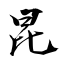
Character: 昆